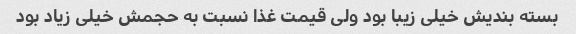
بسته بندیش خیلی زیبا بود ولی قیمت غذا نسبت به حجمش خیلی زیاد بود